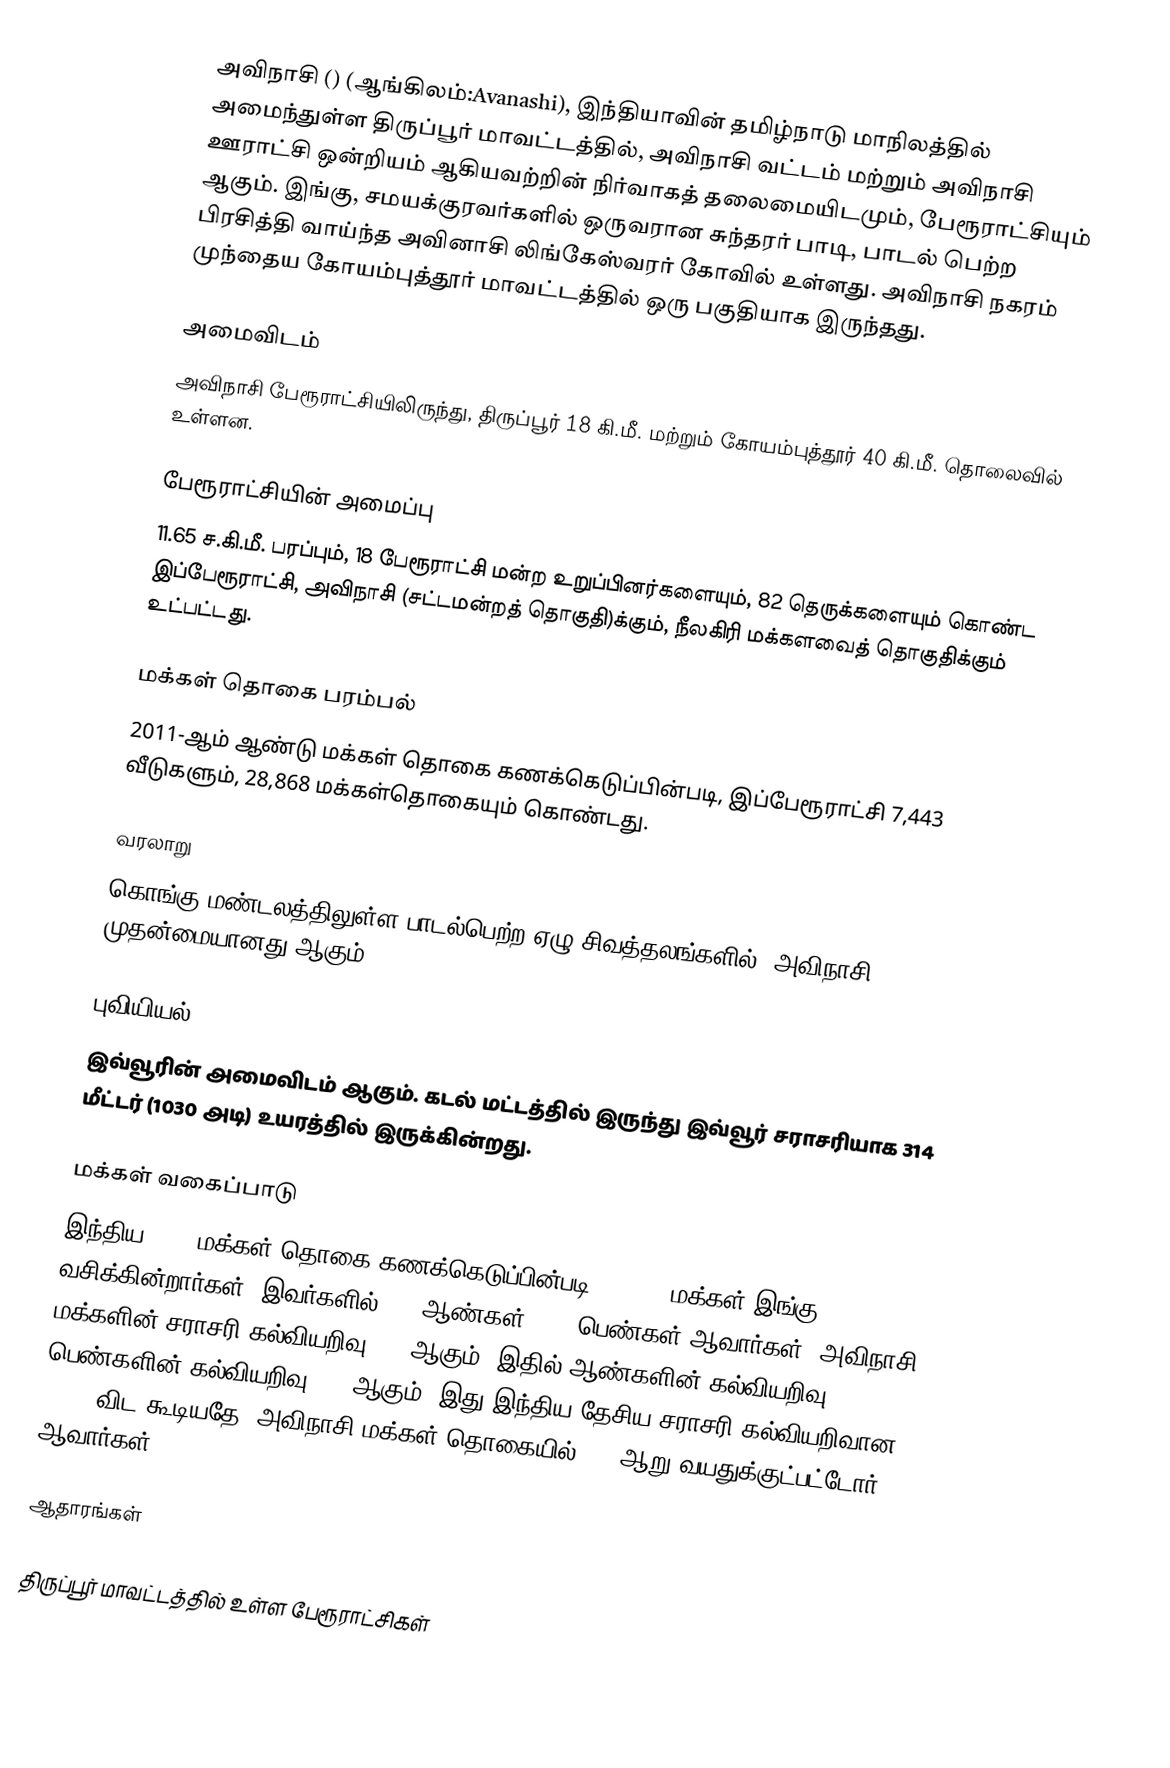
அவிநாசி ()  (ஆங்கிலம்:Avanashi), இந்தியாவின் தமிழ்நாடு மாநிலத்தில் அமைந்துள்ள திருப்பூர் மாவட்டத்தில், அவிநாசி வட்டம் மற்றும் அவிநாசி ஊராட்சி ஒன்றியம் ஆகியவற்றின் நிர்வாகத் தலைமையிடமும்,  பேரூராட்சியும் ஆகும். இங்கு, சமயக்குரவர்களில் ஒருவரான சுந்தரர் பாடி, பாடல் பெற்ற பிரசித்தி வாய்ந்த அவினாசி லிங்கேஸ்வரர் கோவில் உள்ளது. அவிநாசி நகரம் முந்தைய கோயம்புத்தூர் மாவட்டத்தில் ஒரு பகுதியாக இருந்தது.

அமைவிடம்
அவிநாசி பேரூராட்சியிலிருந்து, திருப்பூர் 18 கி.மீ. மற்றும் கோயம்புத்தூர் 40 கி.மீ.  தொலைவில் உள்ளன.

பேரூராட்சியின் அமைப்பு
11.65 ச.கி.மீ. பரப்பும், 18 பேரூராட்சி மன்ற உறுப்பினர்களையும், 82 தெருக்களையும்   கொண்ட இப்பேரூராட்சி, அவிநாசி (சட்டமன்றத் தொகுதி)க்கும், நீலகிரி மக்களவைத் தொகுதிக்கும் உட்பட்டது.

மக்கள் தொகை பரம்பல்
2011-ஆம் ஆண்டு மக்கள் தொகை கணக்கெடுப்பின்படி,  இப்பேரூராட்சி 7,443 வீடுகளும்,    28,868 மக்கள்தொகையும் கொண்டது.

வரலாறு
கொங்கு மண்டலத்திலுள்ள பாடல்பெற்ற ஏழு சிவத்தலங்களில், அவிநாசி முதன்மையானது ஆகும்.

புவியியல்
இவ்வூரின் அமைவிடம்  ஆகும். கடல் மட்டத்தில் இருந்து இவ்வூர் சராசரியாக 314 மீட்டர் (1030 அடி) உயரத்தில் இருக்கின்றது.

மக்கள் வகைப்பாடு
இந்திய 2001 மக்கள் தொகை கணக்கெடுப்பின்படி, 22,274 மக்கள் இங்கு வசிக்கின்றார்கள். இவர்களில் 51% ஆண்கள், 49% பெண்கள் ஆவார்கள். அவிநாசி மக்களின் சராசரி கல்வியறிவு 72% ஆகும். இதில் ஆண்களின் கல்வியறிவு 79%;  பெண்களின் கல்வியறிவு 65% ஆகும். இது இந்திய தேசிய சராசரி கல்வியறிவான 59.5% விட கூடியதே. அவிநாசி மக்கள் தொகையில் 10%  ஆறு வயதுக்குட்பட்டோர் ஆவார்கள்.

ஆதாரங்கள்

திருப்பூர் மாவட்டத்தில் உள்ள பேரூராட்சிகள்